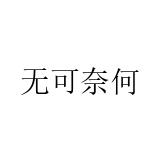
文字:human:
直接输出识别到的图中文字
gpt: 无可奈何